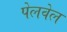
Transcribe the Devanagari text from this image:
पेलवेल